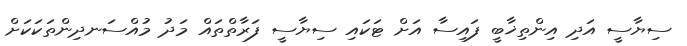
ސިޔާސީ އަދި އިންތިޚާބީ ފައިސާ އަށް ޓަކައި ސިޔާސީ ފަރާތްތައް މަދު މުއްސަނދިންތަކަކަށް